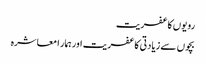
رویوں کا عفریت
بچوں سے زیادتی کا عفریت اور ہمار ا معاشرہ